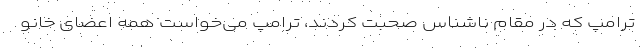
ترامپ که در مقام ناشناس صحبت کردند، ترامپ می‌خواست همه اعضای خانو